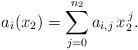
LaTeX: \begin{align*} a_i(x_2) = \sum_{j=0}^{n_2} a_{i, j} \, x_2^{\, j}. \end{align*}